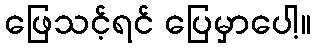
ဖြေသင့်ရင် ပြေမှာပေါ့။